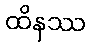
ထိနဿ